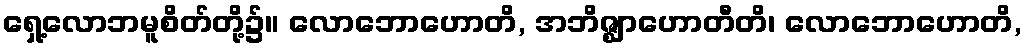
ရှေ့လောဘမူစိတ်တို့၌။ လောဘောဟောတိ, အဘိဇ္ဈာဟောတီတိ၊ လောဘောဟောတိ,